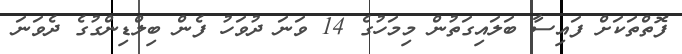
ފޮތްތަކަށް ފައިސާ ބަލައިގަތުން މިމަހުގެ 14 ވަނަ ދުވަހު ފެން ބިލްޑިންގުގެ ދެވަނަ